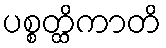
ပစ္စတ္ထိကာတိ